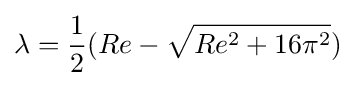
\lambda ={\frac {1}{2}}(Re-{\sqrt {Re^{2}+16\pi ^{2}}})